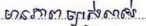
មានភាពច្បាស់លាស់